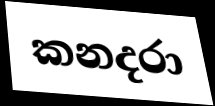
කනදරා